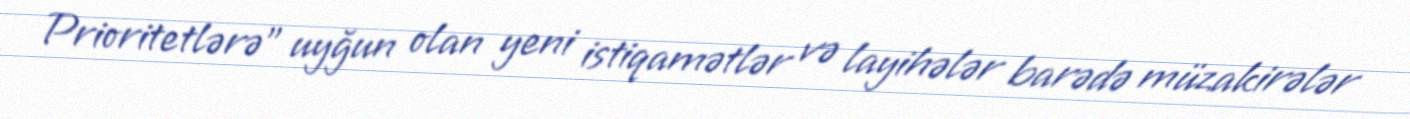
Prioritetlərə” uyğun olan yeni istiqamətlər və layihələr barədə müzakirələr